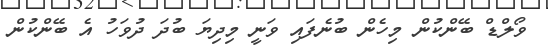
ވޯލްޑް ބޭންކުން މިހެން ބުނެފައި ވަނީ މިދިޔަ ބުދަ ދުވަހު އެ ބޭންކުން